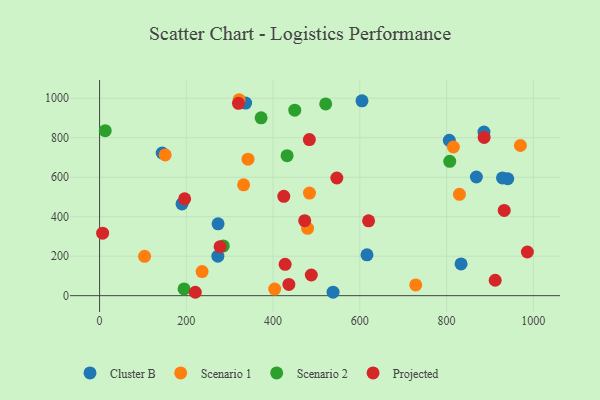
{"axis": {"x": "Experience", "y": "Rating"}, "legend": ["Cluster B", "Projected", "Scenario 1", "Scenario 2"], "data": [{"x": "941.1", "y": 592.2, "type": "Cluster B"}, {"x": "273.2", "y": 364.0, "type": "Cluster B"}, {"x": "868.7", "y": 600.9, "type": "Cluster B"}, {"x": "538.3", "y": 17.7, "type": "Cluster B"}, {"x": "616.5", "y": 206.7, "type": "Cluster B"}, {"x": "336.7", "y": 975.3, "type": "Cluster B"}, {"x": "272.7", "y": 199.9, "type": "Cluster B"}, {"x": "605.0", "y": 986.7, "type": "Cluster B"}, {"x": "190.0", "y": 464.4, "type": "Cluster B"}, {"x": "806.3", "y": 786.7, "type": "Cluster B"}, {"x": "886.2", "y": 828.5, "type": "Cluster B"}, {"x": "833.4", "y": 161.0, "type": "Cluster B"}, {"x": "928.9", "y": 596.5, "type": "Cluster B"}, {"x": "144.3", "y": 722.5, "type": "Cluster B"}, {"x": "321.7", "y": 992.3, "type": "Scenario 1"}, {"x": "829.7", "y": 513.0, "type": "Scenario 1"}, {"x": "970.2", "y": 760.5, "type": "Scenario 1"}, {"x": "483.9", "y": 519.7, "type": "Scenario 1"}, {"x": "815.7", "y": 752.9, "type": "Scenario 1"}, {"x": "151.2", "y": 713.0, "type": "Scenario 1"}, {"x": "728.9", "y": 54.6, "type": "Scenario 1"}, {"x": "332.0", "y": 561.4, "type": "Scenario 1"}, {"x": "236.3", "y": 122.1, "type": "Scenario 1"}, {"x": "479.6", "y": 341.2, "type": "Scenario 1"}, {"x": "103.7", "y": 199.1, "type": "Scenario 1"}, {"x": "342.2", "y": 691.1, "type": "Scenario 1"}, {"x": "403.7", "y": 33.3, "type": "Scenario 1"}, {"x": "372.4", "y": 900.5, "type": "Scenario 2"}, {"x": "521.3", "y": 971.2, "type": "Scenario 2"}, {"x": "450.0", "y": 939.4, "type": "Scenario 2"}, {"x": "285.3", "y": 251.7, "type": "Scenario 2"}, {"x": "432.3", "y": 709.2, "type": "Scenario 2"}, {"x": "13.0", "y": 835.6, "type": "Scenario 2"}, {"x": "194.8", "y": 34.3, "type": "Scenario 2"}, {"x": "807.3", "y": 680.5, "type": "Scenario 2"}, {"x": "912.1", "y": 78.1, "type": "Projected"}, {"x": "932.9", "y": 431.5, "type": "Projected"}, {"x": "436.4", "y": 56.8, "type": "Projected"}, {"x": "483.6", "y": 790.6, "type": "Projected"}, {"x": "320.2", "y": 974.1, "type": "Projected"}, {"x": "620.2", "y": 378.9, "type": "Projected"}, {"x": "424.7", "y": 503.1, "type": "Projected"}, {"x": "488.1", "y": 104.7, "type": "Projected"}, {"x": "220.7", "y": 17.2, "type": "Projected"}, {"x": "986.3", "y": 221.1, "type": "Projected"}, {"x": "196.1", "y": 490.2, "type": "Projected"}, {"x": "7.0", "y": 316.4, "type": "Projected"}, {"x": "547.0", "y": 595.8, "type": "Projected"}, {"x": "886.6", "y": 801.3, "type": "Projected"}, {"x": "427.8", "y": 158.7, "type": "Projected"}, {"x": "277.9", "y": 248.3, "type": "Projected"}, {"x": "472.9", "y": 379.7, "type": "Projected"}]}